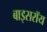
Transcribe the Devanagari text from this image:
बाइसरॉय